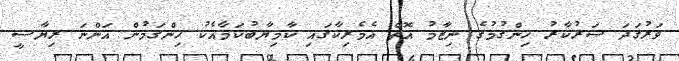
ވަރުގަދަ ސަރުކާރު ހިންގުމުގެ ނިޒާމު އޮތް އެމެރިކާގައި ކާމިޔާބުކަމާއެކު ހިންގަމުން އަންނަ ރިޔާސީ